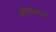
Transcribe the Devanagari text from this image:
श्रीन्ख्लाओ